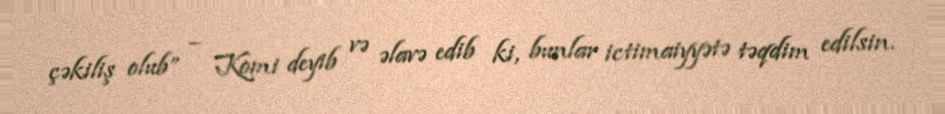
çəkiliş olub” – Komi deyib və əlavə edib ki, bunlar ictimaiyyətə təqdim edilsin.